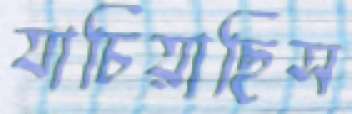
যাচিয়াছিস